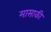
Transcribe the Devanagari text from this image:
मासाकी